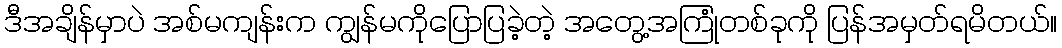
ဒီအချိန်မှာပဲ အစ်မကျန်းက ကျွန်မကိုပြောပြခဲ့တဲ့ အတွေ့အကြုံတစ်ခုကို ပြန်အမှတ်ရမိတယ်။